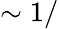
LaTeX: \sim 1/